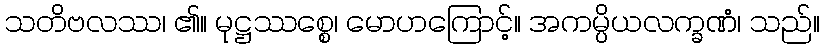
သတိဗလဿ၊ ၏။ မုဋ္ဌဿစ္စေ၊ မောဟကြောင့်။ အကမ္ပိယလက္ခဏံ၊ သည်။